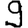
Digit: 9